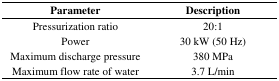
<table><thead><tr><td><b>Parameter</b></td><td><b>Description</b></td></tr></thead><tbody><tr><td>Pressurization ratio</td><td>20:1</td></tr><tr><td>Power</td><td>30 kW (50 Hz)</td></tr><tr><td>Maximum discharge pressure</td><td>380 MPa</td></tr><tr><td>Maximum flow rate of water</td><td>3.7 L/min</td></tr></tbody></table>